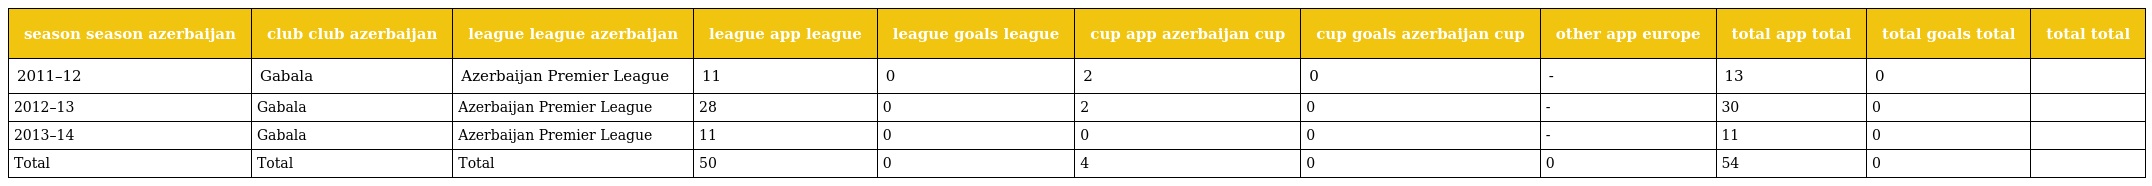
| season season azerbaijan | club club azerbaijan | league league azerbaijan | league app league | league goals league | cup app azerbaijan cup | cup goals azerbaijan cup | other app europe | total app total | total goals total | total  total |
 | --- | --- | --- | --- | --- | --- | --- | --- | --- | --- | --- |
 | 2011–12 | Gabala | Azerbaijan Premier League | 11 | 0 | 2 | 0 | - | 13 | 0 |  |
 | 2012–13 | Gabala | Azerbaijan Premier League | 28 | 0 | 2 | 0 | - | 30 | 0 |  |
 | 2013–14 | Gabala | Azerbaijan Premier League | 11 | 0 | 0 | 0 | - | 11 | 0 |  |
 | Total | Total | Total | 50 | 0 | 4 | 0 | 0 | 54 | 0 |  |